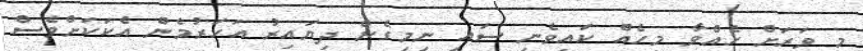
މީ ވަރަށް ހެއްވާ މީހެއް ކައިވެނި ސައި ނިމިގެން ދިޔައިރު އަހަރުމެން އެކަކަށްވެސް